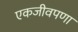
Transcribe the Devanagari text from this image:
एकजीवपणा